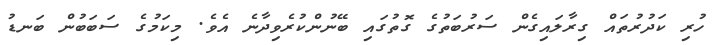
ހުރި ކަދުރުތައް ގިރާލައިގެން ސަރުބަތުގެ ގޮތުގައި ބޭނުންކުރެވިދާނެ އެވެ. މިކަމުގެ ސަބަބުން ބަނޑު